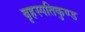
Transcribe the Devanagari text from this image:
बृहस्पतिकुण्ड